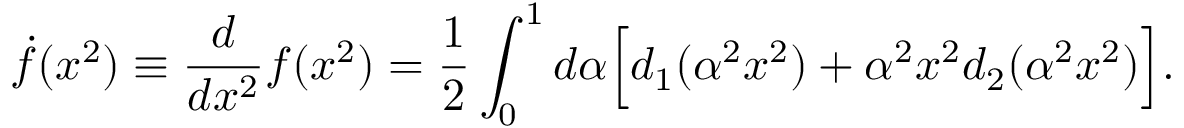
\dot { f } ( x ^ { 2 } ) \equiv \frac { d } { d x ^ { 2 } } f ( x ^ { 2 } ) = \frac { 1 } { 2 } \int _ { 0 } ^ { 1 } d \alpha \Big [ d _ { 1 } ( \alpha ^ { 2 } x ^ { 2 } ) + \alpha ^ { 2 } x ^ { 2 } d _ { 2 } ( \alpha ^ { 2 } x ^ { 2 } ) \Big ] .